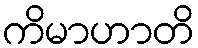
ကိမာဟာတိ